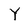
Character: Y